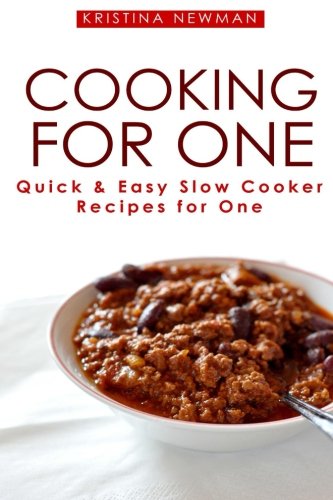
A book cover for Cooking For One: One Pot, Slow Cooker Recipes - Easy Recipes for One; Kristina Newman; Cookbooks, Food & Wine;